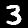
Label: 3